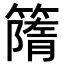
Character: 𥳔